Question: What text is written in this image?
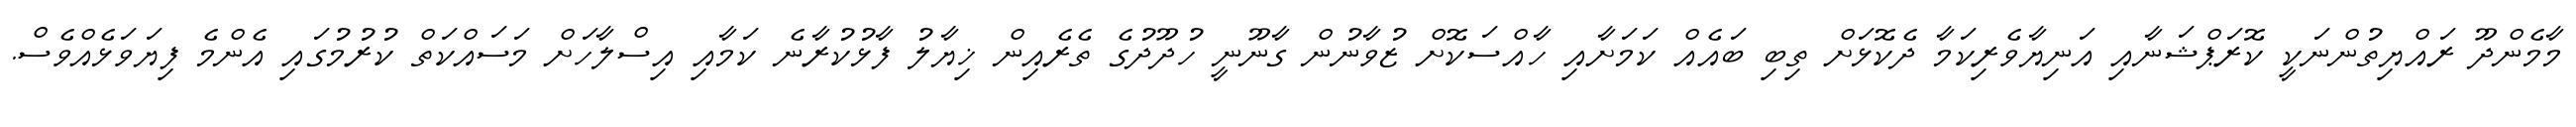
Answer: މާމެންދޫ ރައްޔިތުންނަކީ ކޮރަޕްޝަނާއި އަނިޔާވެރިކަމާ ދެކޮޅަށް ތިބި ބައެއް ކަމަށާއި ހާއްސަކޮށް ޒުވާނުން ގާނޫނީ ހުދޫދުގެ ތެރެއިން ޚިޔާލު ފާޅުކުރާނެ ކަމާއި އިސްލާހަށް މަސައްކަތް ކުރުމުގައި އެންމެ ފިޔަވަޅެއްވެސް.